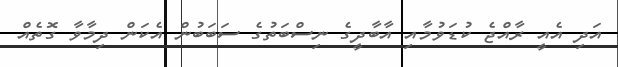
އަދި އެއީ ރާއްޖެ ކުޑަވުމާއި އާބާދީގެ ނިސްބަތުގެ ސަބަބުން އެކަން ދިމާވާ ގޮތެއް